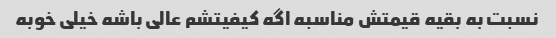
نسبت به بقیه قیمتش مناسبه اگه کیفیتشم عالی باشه خیلی خوبه